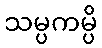
သမ္ပကမ္ပိ